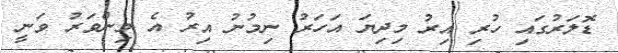
ޑޮލަރުގައި ހުރި އިރު މިދިޔަ އަހަރު ނިމުނު އިރު އެ މިންވަރު ވަނީ